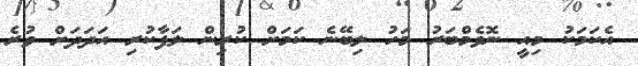
އެކަމަކު މިއީ ނޮވެމްބަރު މަހު ލިބޭނެ ކަމަށް ކުރިން ލަފާކުރި އަދަދަށް ވުރެ